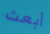
أبعث